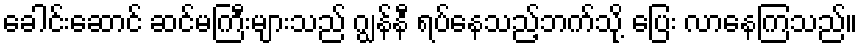
ခေါင်းဆောင် ဆင်မကြီးများသည် ဂျွန်နီ ရပ်နေသည့်ဘက်သို့ ပြေး လာနေကြသည်။